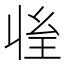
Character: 𰏱